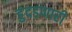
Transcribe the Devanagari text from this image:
हुंदडणारी